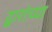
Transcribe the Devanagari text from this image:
द्वारांच्या